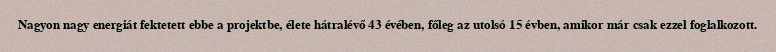
Nagyon nagy energiát fektetett ebbe a projektbe, élete hátralévő 43 évében, főleg az utolsó 15 évben, amikor már csak ezzel foglalkozott.